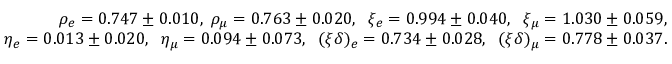
\begin{array} { r l r } & { } & { \rho _ { e } = 0 . 7 4 7 \pm 0 . 0 1 0 , \; \rho _ { \mu } = 0 . 7 6 3 \pm 0 . 0 2 0 , \; \; \xi _ { e } = 0 . 9 9 4 \pm 0 . 0 4 0 , \; \; \xi _ { \mu } = 1 . 0 3 0 \pm 0 . 0 5 9 , } \\ & { } & { \eta _ { e } = 0 . 0 1 3 \pm 0 . 0 2 0 , \; \; \eta _ { \mu } = 0 . 0 9 4 \pm 0 . 0 7 3 , \; \; ( \xi \delta ) _ { e } = 0 . 7 3 4 \pm 0 . 0 2 8 , \; \; ( \xi \delta ) _ { \mu } = 0 . 7 7 8 \pm 0 . 0 3 7 . } \end{array}